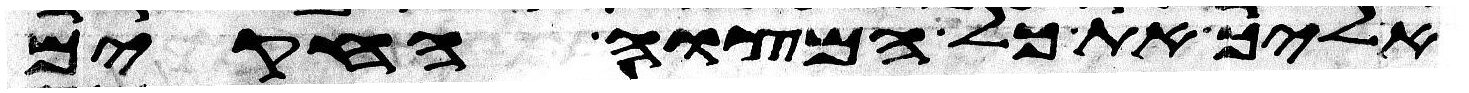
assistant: אליך את כל המצוה החקים